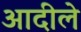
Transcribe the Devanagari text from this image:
आदीले